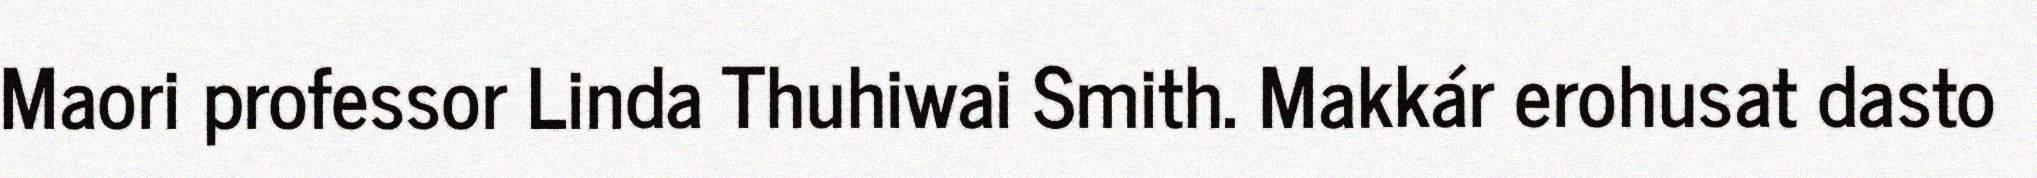
Maori professor Linda Thuhiwai Smith. Makkár erohusat dasto